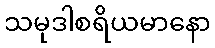
သမုဒါစရိယမာနော